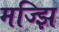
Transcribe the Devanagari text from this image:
मज्झि